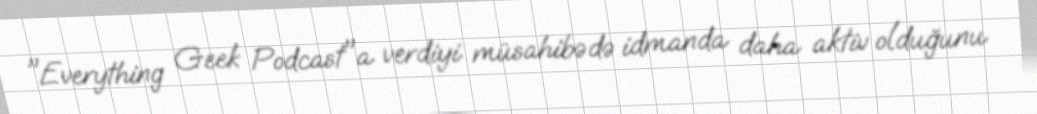
"Everything Geek Podcast"a verdiyi müsahibədə idmanda daha aktiv olduğunu